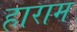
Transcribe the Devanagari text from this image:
हाराम